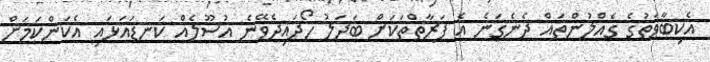
އެކިބާވަތުގެ ގެއްލުންތައް ދެނެގަނެ އެ ފަރާތްތަކަށް ބަދަލު ހޯދައިދެވޭނެ އުސޫލެއް ކަނޑައަޅައި އެކަންކަމަށް